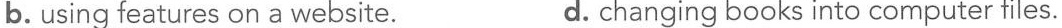
b. using features on a website. d. changing books into computer files.